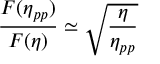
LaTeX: \frac { F ( \eta _ { p p } ) } { F ( \eta ) } \simeq \sqrt { \frac { \eta } { \eta _ { p p } } }